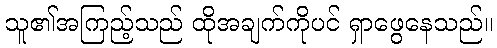
သူ၏အကြည့်သည် ထိုအချက်ကိုပင် ရှာဖွေနေသည်။